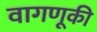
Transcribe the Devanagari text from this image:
वागणूकी